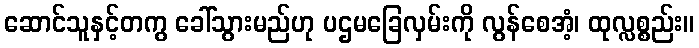
ဆောင်သူနှင့်တကွ ခေါ်သွားမည်ဟု ပဌမခြေလှမ်းကို လွန်စေအံ့၊ ထုလ္လစ္စည်း။